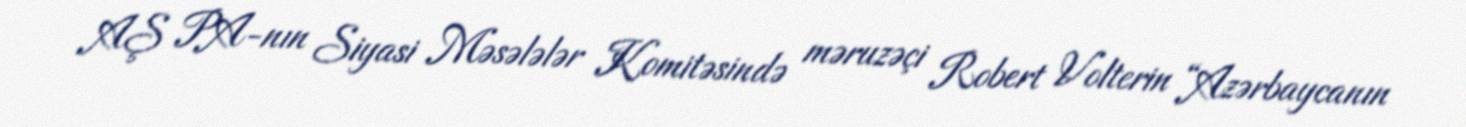
AŞ PA-nın Siyasi Məsələlər Komitəsində məruzəçi Robert Volterin “Azərbaycanın